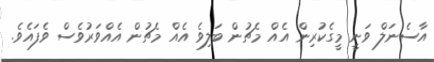
އާސެނަލް ވަނީ މީގެކުރިން އެއް މެޗުން ބަލިވެ އެއް މެޗުން އެއްވަރުވެސް ވެފައެވެ.